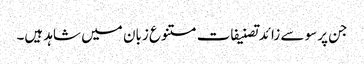
جن پرسو سے زائدتصنیفات متنوع زبان میں شاہد ہیں۔